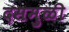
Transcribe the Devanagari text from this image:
दसमुळी